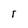
Character: r